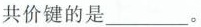
共价键的是___。